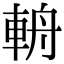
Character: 輈